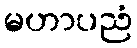
မဟာပညံ